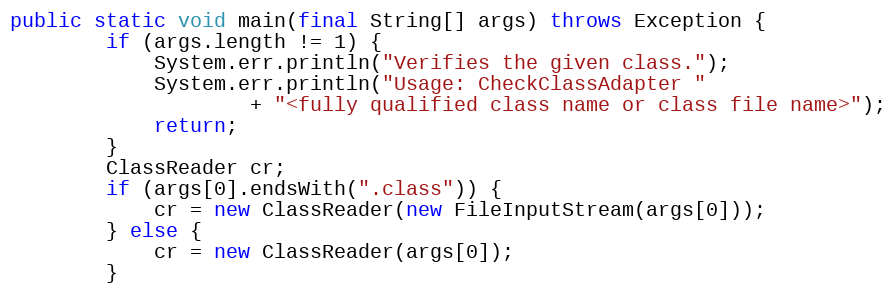
Language: Java
public static void main(final String[] args) throws Exception {
        if (args.length != 1) {
            System.err.println("Verifies the given class.");
            System.err.println("Usage: CheckClassAdapter "
                    + "<fully qualified class name or class file name>");
            return;
        }
        ClassReader cr;
        if (args[0].endsWith(".class")) {
            cr = new ClassReader(new FileInputStream(args[0]));
        } else {
            cr = new ClassReader(args[0]);
        }